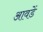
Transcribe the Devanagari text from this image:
आवडें